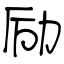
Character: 励